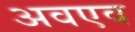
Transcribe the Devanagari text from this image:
अवएव